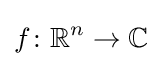
f\colon \mathbb {R} ^{n}\rightarrow \mathbb {C}